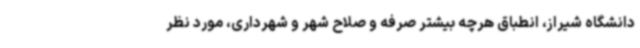
دانشگاه شیراز، انطباق هرچه بیشتر صرفه و صلاح شهر و شهرداری، مورد نظر